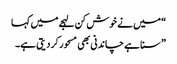
“ میں نے خوش کن لہجے میں کہا
” سنا ہے چاندنی بھی مسحور کر دیتی ہے۔